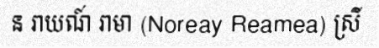
ន រាយណ៍ រាមា (Noreay Reamea) ស្រី